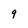
Character: 9